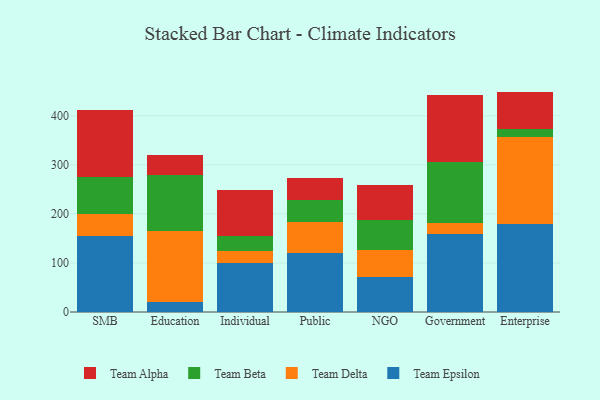
{"axis": {"x": "Segment", "y": "Gross Profit (USD K)"}, "legend": ["Team Alpha", "Team Beta", "Team Delta", "Team Epsilon"], "data": [{"x": "SMB", "y": 155.2, "type": "Team Epsilon"}, {"x": "SMB", "y": 45.4, "type": "Team Delta"}, {"x": "SMB", "y": 74.4, "type": "Team Beta"}, {"x": "SMB", "y": 136.6, "type": "Team Alpha"}, {"x": "Education", "y": 19.4, "type": "Team Epsilon"}, {"x": "Education", "y": 145.4, "type": "Team Delta"}, {"x": "Education", "y": 115.4, "type": "Team Beta"}, {"x": "Education", "y": 39.0, "type": "Team Alpha"}, {"x": "Individual", "y": 99.2, "type": "Team Epsilon"}, {"x": "Individual", "y": 24.4, "type": "Team Delta"}, {"x": "Individual", "y": 31.7, "type": "Team Beta"}, {"x": "Individual", "y": 94.2, "type": "Team Alpha"}, {"x": "Public", "y": 121.2, "type": "Team Epsilon"}, {"x": "Public", "y": 62.2, "type": "Team Delta"}, {"x": "Public", "y": 45.1, "type": "Team Beta"}, {"x": "Public", "y": 44.0, "type": "Team Alpha"}, {"x": "NGO", "y": 71.2, "type": "Team Epsilon"}, {"x": "NGO", "y": 55.7, "type": "Team Delta"}, {"x": "NGO", "y": 61.5, "type": "Team Beta"}, {"x": "NGO", "y": 69.9, "type": "Team Alpha"}, {"x": "Government", "y": 159.4, "type": "Team Epsilon"}, {"x": "Government", "y": 22.2, "type": "Team Delta"}, {"x": "Government", "y": 124.3, "type": "Team Beta"}, {"x": "Government", "y": 137.2, "type": "Team Alpha"}, {"x": "Enterprise", "y": 178.6, "type": "Team Epsilon"}, {"x": "Enterprise", "y": 178.4, "type": "Team Delta"}, {"x": "Enterprise", "y": 16.6, "type": "Team Beta"}, {"x": "Enterprise", "y": 75.7, "type": "Team Alpha"}]}